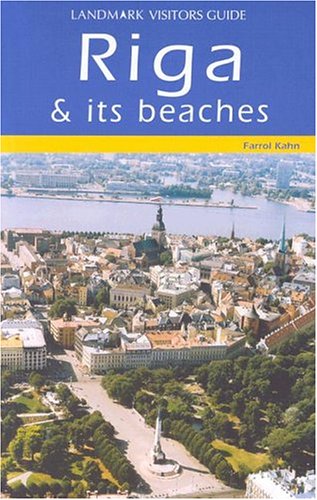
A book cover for Riga (Latvia) Visitors Guide (Landmark Visitors Guides); Farrol Kahn; Travel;